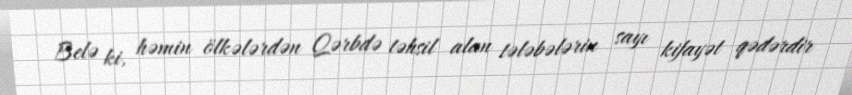
Belə ki, həmin ölkələrdən Qərbdə təhsil alan tələbələrin sayı kifayət qədərdir